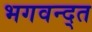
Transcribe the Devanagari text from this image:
भगवन्द्त